Lunatic asylums Central Provinces reports 1874-1885 - 1874-1885
Year: 1874
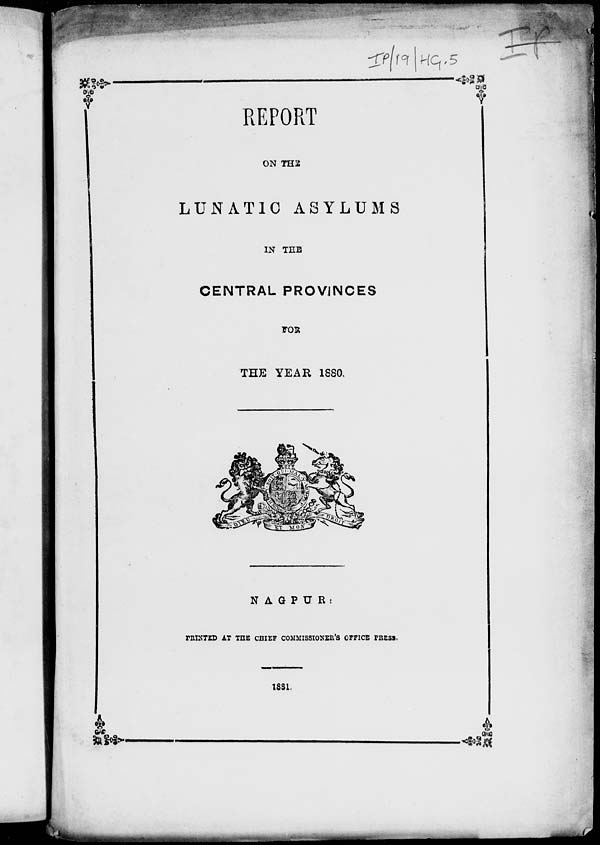
REPORT
ON THE
LUNATIC ASYLUMS
IN THE
CENTRAL PROVINCES
FOR
THE YEAR 1880.
NAGPUR:
PRINTED AT THE CHIEF COMMISSIONER'S OFFICE PRESS.
1881.